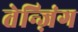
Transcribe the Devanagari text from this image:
तेन्ज़िंग